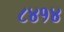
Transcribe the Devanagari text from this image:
८४१४